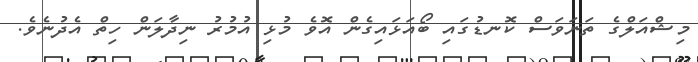
މިޝްއަލްގެ ތަނަވަސް ކޮނޑުގައި ބޯއަޅައިގެން އޮވެ މުޅި އުމުރު ނިދާލަން ހިތް އެދުނެވެ.